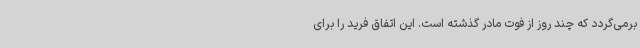
برمی‌گردد که چند روز از فوت مادر گذشته است. این اتفاق فرید را برای